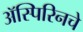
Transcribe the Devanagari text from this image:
ॲस्पिरिनचे